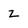
Character: z